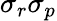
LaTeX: \sigma_{r}\sigma_{p}